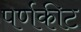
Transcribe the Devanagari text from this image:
पर्णकीट